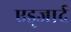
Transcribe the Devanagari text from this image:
एड्जार्द